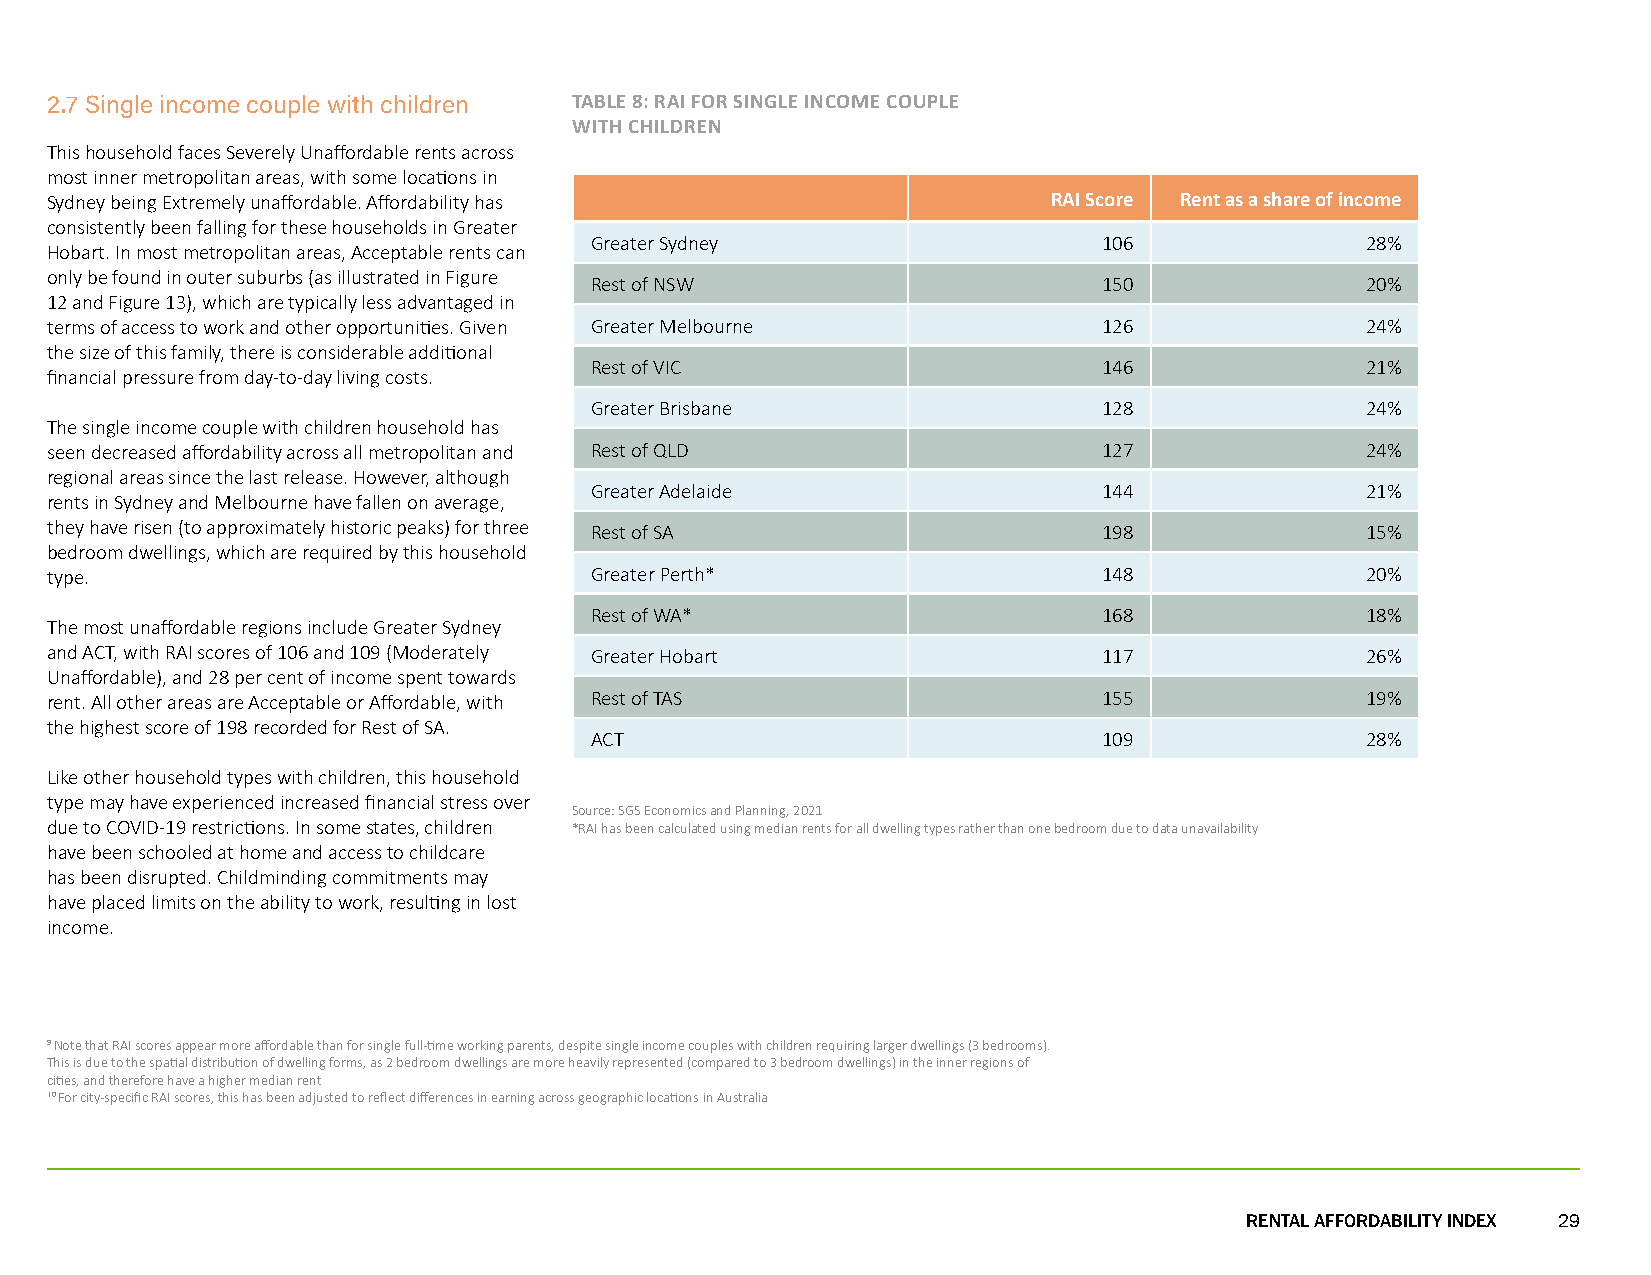
2.7 Single income couple with children TABLE 8: RAI FOR SINGLE INCOME COUPLE
 WITH CHILDREN
 This household faces Severely Unaffordable rents across
 most inner metropolitan areas, with some locations in
 Sydney being Extremely unaffordable. Affordability has             RAI Score Rent as a share of income
 consistently been falling for these households in Greater
 Greater Sydney                    106              28%
 Hobart. In most metropolitan areas, Acceptable rents can
 only be found in outer suburbs (as illustrated in Figure
 Rest of NSW                       150              20%
 12 and Figure 13), which are typically less advantaged in
 terms of access to work and other opportunities. Given Greater Melbourne 126           24%
 the size of this family, there is considerable additional
 Rest of VIC                       146              21%
 financial pressure from day-to-day living costs.
 Greater Brisbane                  128              24%
 The single income couple with children household has
 seen decreased affordability across all metropolitan and Rest of QLD  127              24%
 regional areas since the last release. However, although
 Greater Adelaide                  144              21%
 rents in Sydney and Melbourne have fallen on average,
 they have risen (to approximately historic peaks) for three Rest of SA 198             15%
 bedroom dwellings, which are required by this household
 type.                               Greater Perth*                    148              20%
 Rest of WA*                       168              18%
 The most unaffordable regions include Greater Sydney
 and ACT, with RAI scores of 106 and 109 (Moderately Greater Hobart    117              26%
 Unaffordable), and 28 per cent of income spent towards
 rent. All other areas are Acceptable or Affordable, with Rest of TAS  155              19%
 the highest score of 198 recorded for Rest of SA.
 ACT                               109              28%
 Like other household types with children, this household
 type may have experienced increased financial stress over
 Source: SGS Economics and Planning, 2021
 due to COVID-19 restrictions. In some states, children *RAI has been calculated using median rents for all dwelling types rather than one bedroom due to data unavailability
 have been schooled at home and access to childcare
 has been disrupted. Childminding commitments may
 have placed limits on the ability to work, resulting in lost
 income.
 9 Note that RAI scores appear more affordable than for single full-time working parents, despite single income couples with children requiring larger dwellings (3 bedrooms).
 This is due to the spatial distribution of dwelling forms, as 2 bedroom dwellings are more heavily represented (compared to 3 bedroom dwellings) in the inner regions of
 cities, and therefore have a higher median rent
 10 For city-specific RAI scores, this has been adjusted to reflect differences in earning across geographic locations in Australia
 RENTAL AFFORDABILITY INDEX 29